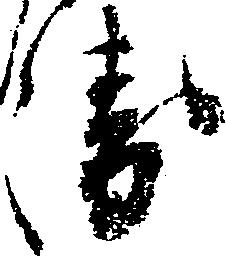
衛